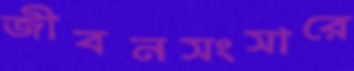
জীবনসংসারে